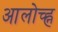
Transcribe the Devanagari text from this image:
आलोच्ह्न